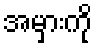
အမှားကို